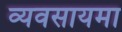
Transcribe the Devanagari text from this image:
व्यवसायमा